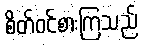
စိတ်ဝင်စားကြသည်